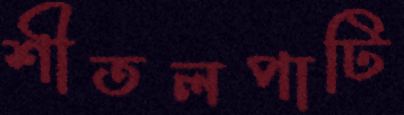
শীতলপাটি